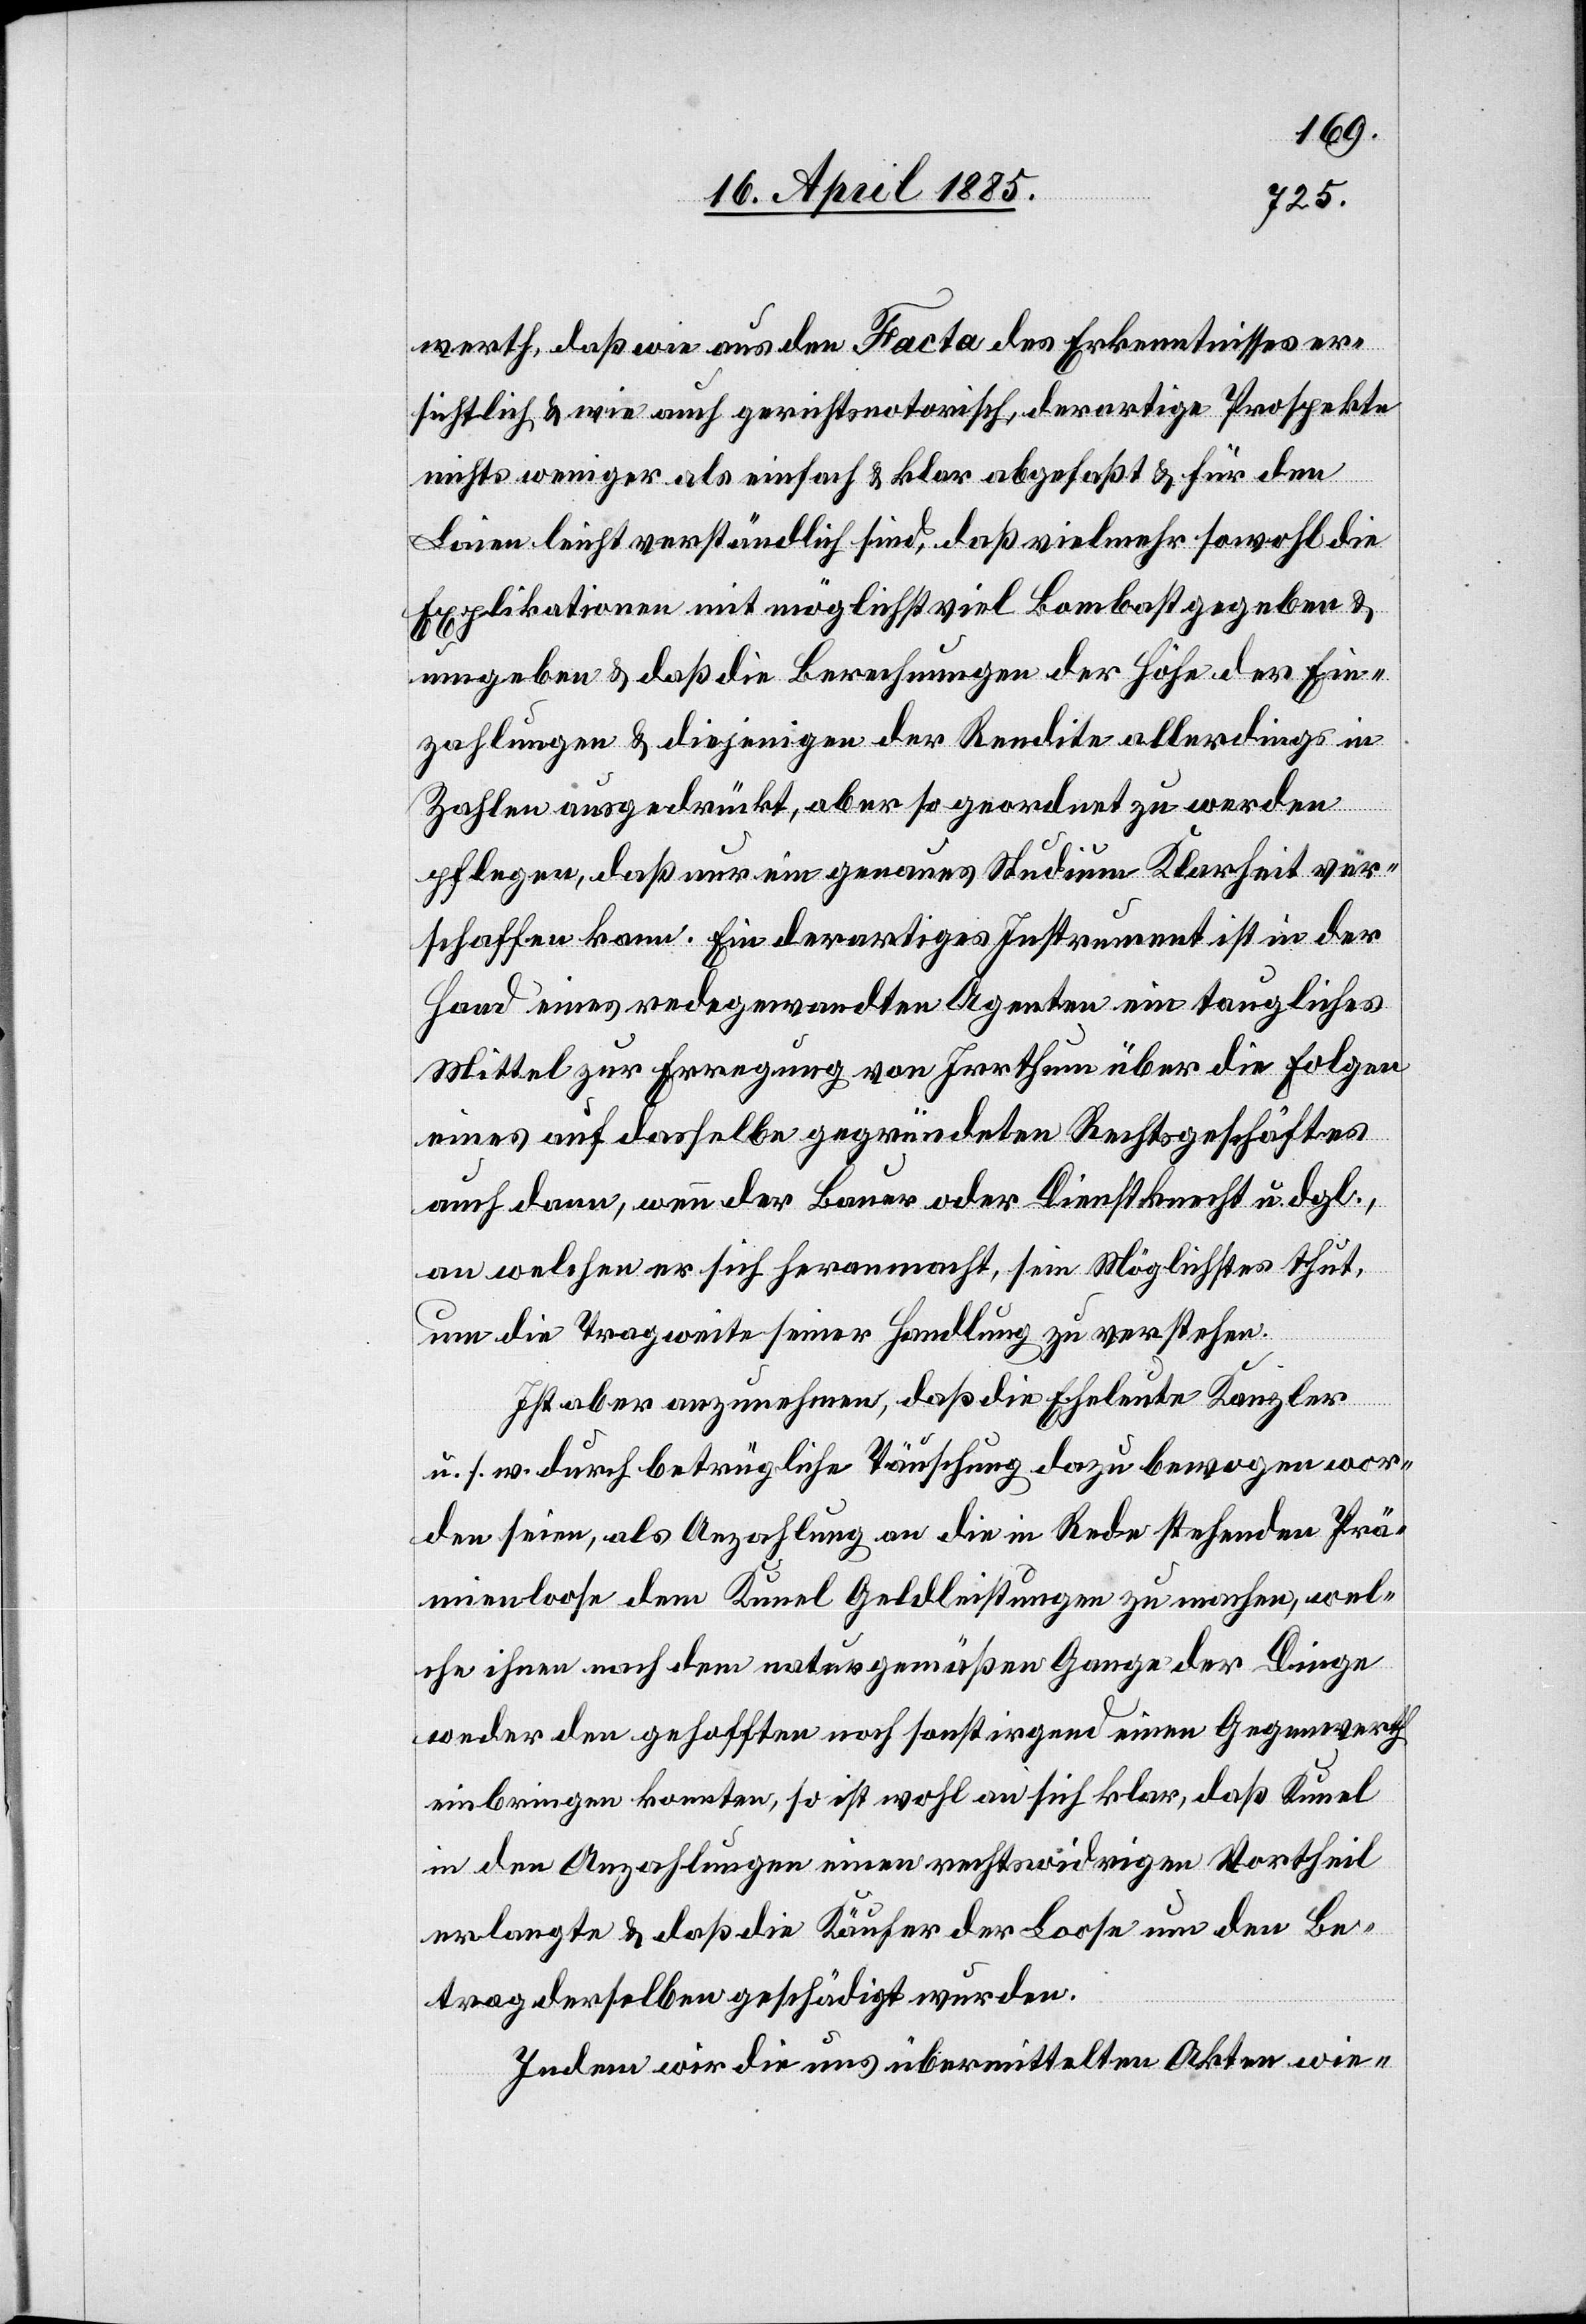
werth, daß wie aus den Facta des Erkenntnisses er¬
sichtlich & wie auch gerichtsnotorisch, derartige Prospekte
nichts weniger als einfach & klar abgefaßt & für den
Laien leicht verständlich sind, daß vielmehr sowohl die
Explikationen mit möglichst viel Bombast gegeben &
umgeben & daß die Berechnungen der Höhe der Ein¬
zahlungen & diejenigen der Rendite allerdings in
Zahlen ausgedrückt, aber so geordnet zu werden
pflegen, daß nur ein genaues Studium Klarheit ver¬
schaffen kann. Ein derartiges Instrument ist in der
Hand eines redegewandten Agenten ein taugliches
Mittel zur Erregung von Irrthum über die Folgen
eines auf dasselbe gegründeten Rechtsgeschäftes
auch dann, wenn der Bauer oder Dienstknecht u. dergl.,
an welchen er sich heranmacht, sein Möglichstes thut,
um die Tragweite seiner Handlung zu verstehen.
Ist aber anzunehmen, daß die Eheleute Kanzler
u. s. w. durch betrügliche Täuschung dazu bewogen wor¬
den seien, als Anzahlung an die in Rede stehenden Prä¬
mienloose dem Kunel Geldleistungen zu machen, wel¬
che ihnen nach dem naturgemäßen Gang der Dinge
weder den gehofften noch sonst irgend einen Gegenwerth
einbringen konnten, so ist wohl an sich klar, daß Kunel
in den Anzahlungen einen rechtswidrigen Vortheil
erlangte & daß die Käufer der Loose um den Be¬
trag derselben geschädigt wurden.
Indem wir die uns übermittelten Akten wie-